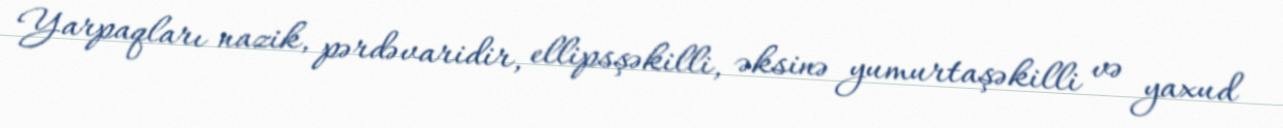
Yarpaqları nazik, pərdəvaridir, ellipsşəkilli, əksinə yumurtaşəkilli və yaxud